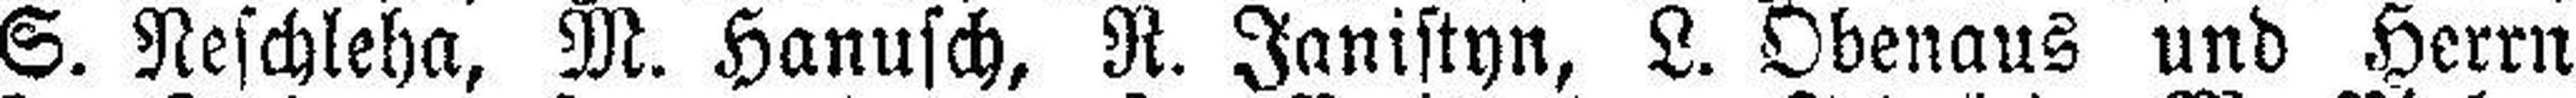
S. Neschleha, M. Hanusch, R. Janistyn, L. Obenaus und Herrn